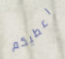
اعطيكم